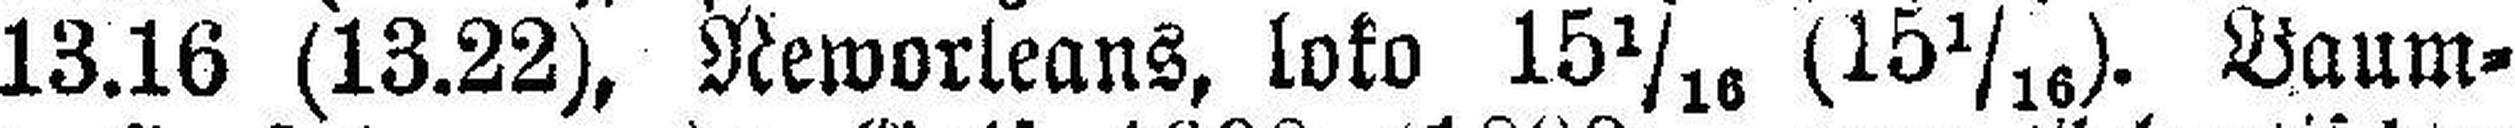
13.16 (13.22), Neworleans, loko 15 1/16 (15 1/16). Baum¬